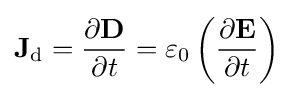
\mathbf {J} _{\mathrm {d} }={\partial \mathbf {D}  \over \partial t}=\varepsilon _{0}\left({\partial \mathbf {E}  \over \partial t}\right)\,\!